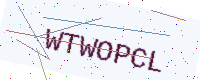
Text: WTWOPCL